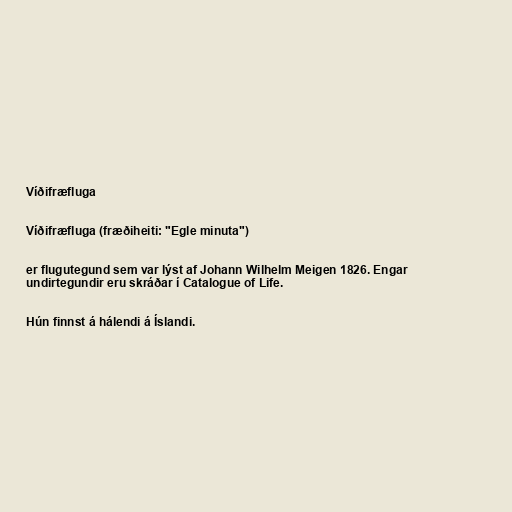
Víðifræfluga

Víðifræfluga (fræðiheiti: "Egle minuta")

er flugutegund sem var lýst af Johann Wilhelm Meigen 1826. Engar
undirtegundir eru skráðar í Catalogue of Life.

Hún finnst á hálendi á Íslandi.